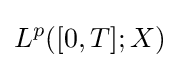
L^{p}([0,T];X)